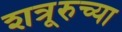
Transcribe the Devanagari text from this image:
शत्रूरुच्या